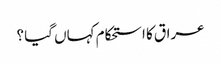
عراق کا استحکام کہاں گیا ؟